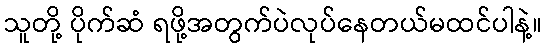
သူတို့ ပိုက်ဆံ ရဖို့အတွက်ပဲလုပ်နေတယ်မထင်ပါနဲ့။